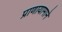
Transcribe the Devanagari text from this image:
प्राणायामाने